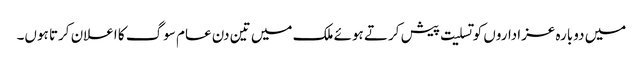
میں دوبارہ عزاداروں کو تسلیت پیش کرتے ہوئے ملک میں تین دن عام سوگ کا اعلان کرتا ہوں۔